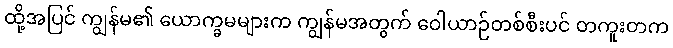
ထို့အပြင် ကျွန်မ၏ ယောက္ခမများက ကျွန်မအတွက် ဝေါယာဉ်တစ်စီးပင် တကူးတက